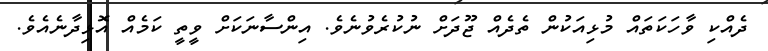
ދެއްކި ވާހަކަތައް މުޅިއަކުން ތެދެއް ޖޫދަށް ނުކުރެވުނެވެ. އިންސާނަކަށް ވީތީ ކަމެއް އޮޅިދާނެއެވެ.